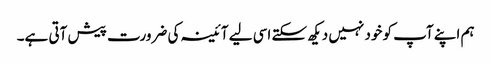
ہم اپنے آپ کو خود نہیں دیکھ سکتے اسی لیے آئینہ کی ضرورت پیش آتی ہے۔